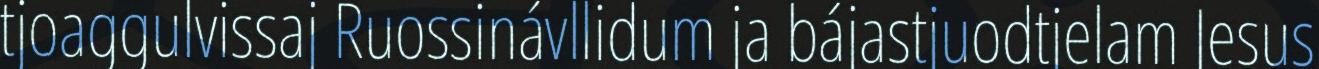
tjoaggulvissaj Ruossinávllidum ja bájastjuodtjelam Jesus